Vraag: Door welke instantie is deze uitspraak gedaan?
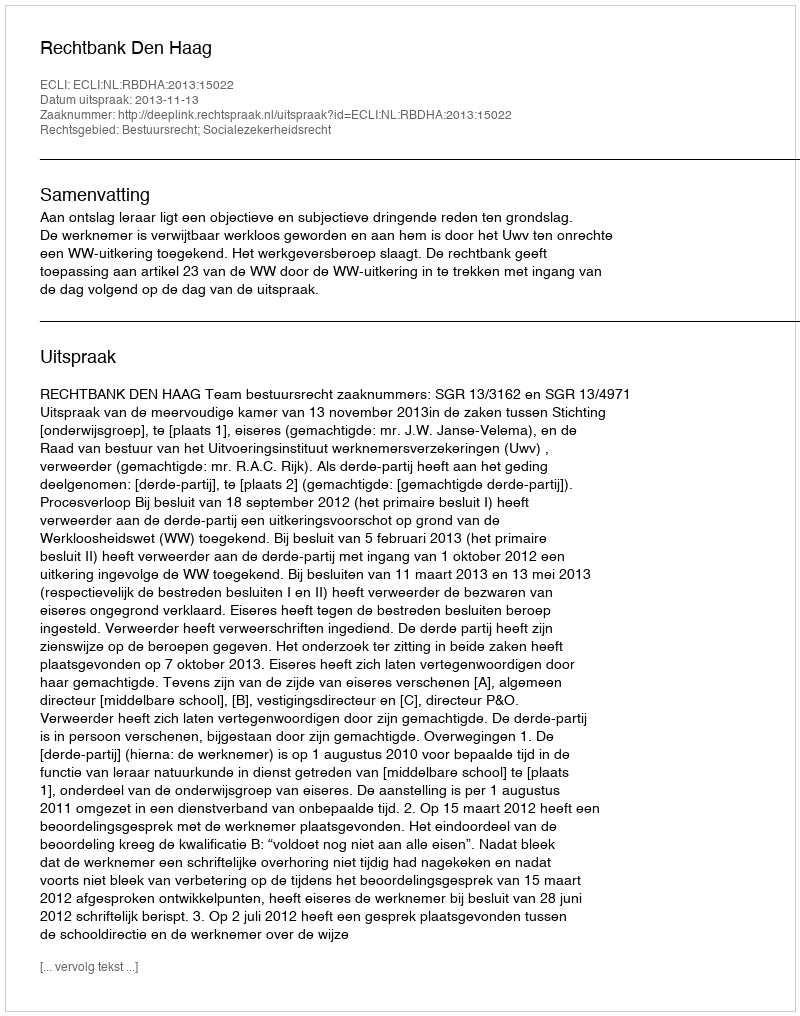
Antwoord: Rechtbank Den Haag